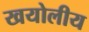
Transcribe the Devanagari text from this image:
खयोलीय